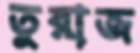
তুরাজ